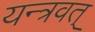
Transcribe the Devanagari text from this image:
यन्त्रवत्